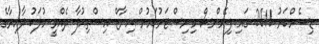
ޑިސެމްބަރު 2011 ގައި ފިނޭންސް މިނިސްޓަރުކަމުން އިނާޒް އިސްތިއުފާ ދެއްވީ މުލަކު ދާއިރާގެ